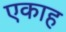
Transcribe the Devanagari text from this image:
एकाह